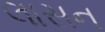
લાસન